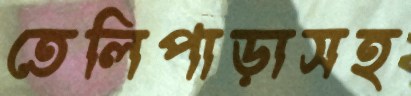
তেলিপাড়াসহ